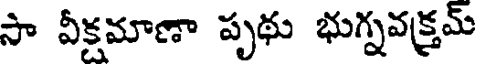
సా వీక్షమాణా పృథు భుగ్నవక్రమ్